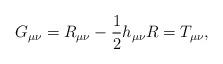
LaTeX: \begin{align*}G_{\mu \nu }=R_{\mu \nu }-{\frac{1}{2}}h_{\mu \nu }R=T_{\mu \nu },\end{align*}